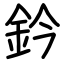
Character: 鈐